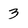
Character: 3